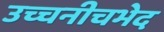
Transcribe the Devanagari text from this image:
उच्चनीचभेद